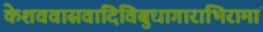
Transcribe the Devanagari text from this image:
केशववासवादिविबुधागाराभिरामां